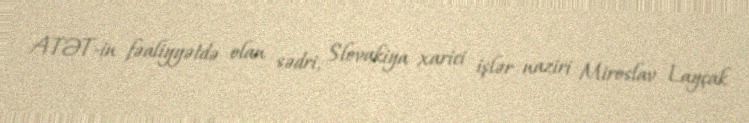
ATƏT-in fəaliyyətdə olan sədri, Slovakiya xarici işlər naziri Miroslav Layçak